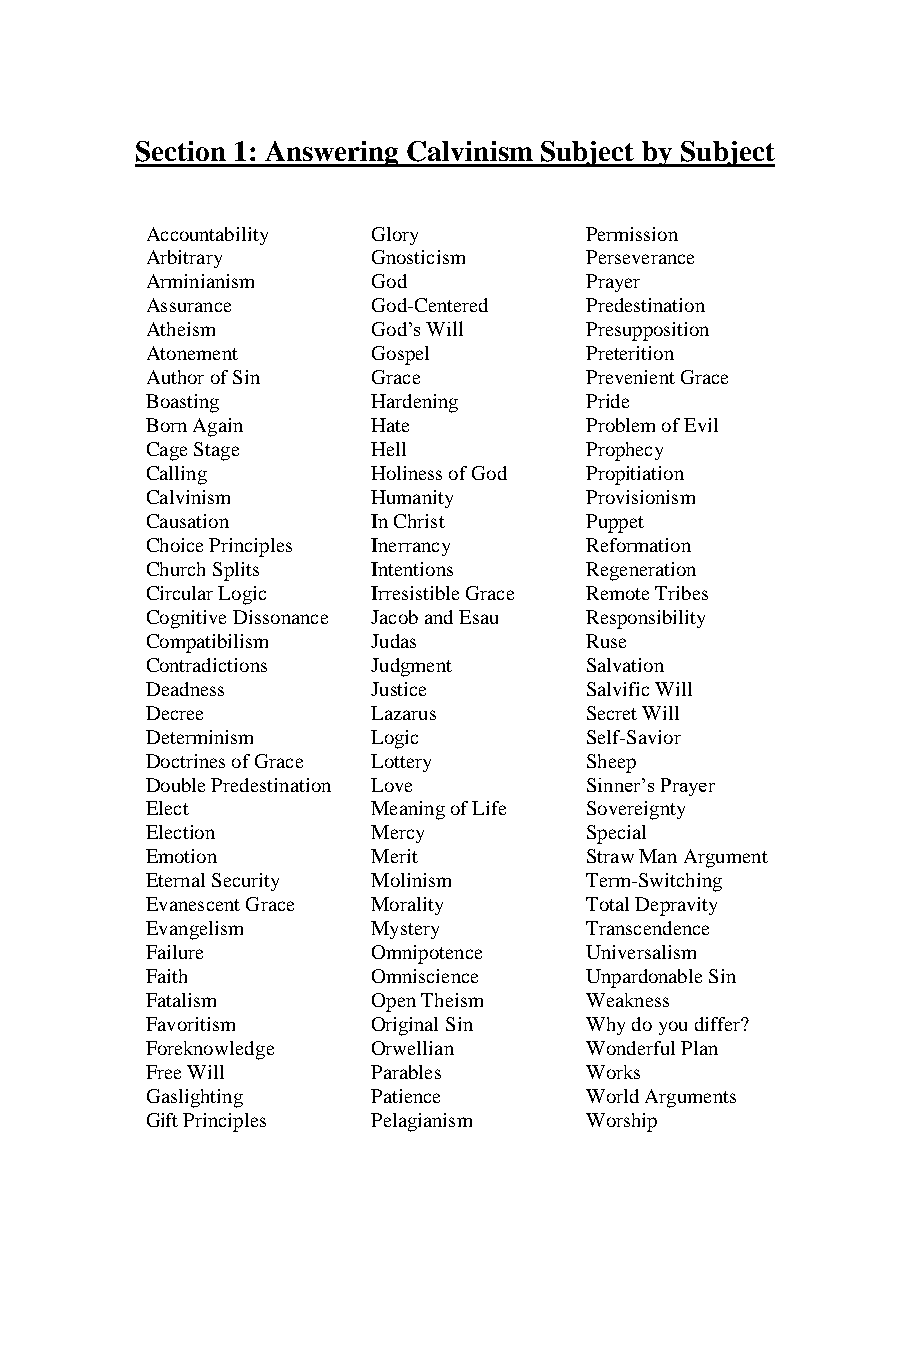
Section 1: Answering Calvinism Subject by Subject
 Accountability Glory         Permission
 Arbitrary      Gnosticism    Perseverance
 Arminianism    God           Prayer
 Assurance      God-Centered  Predestination
 Atheism        God’s Will    Presupposition
 Atonement      Gospel        Preterition
 Author of Sin  Grace         Prevenient Grace
 Boasting       Hardening     Pride
 Born Again     Hate          Problem of Evil
 Cage Stage     Hell          Prophecy
 Calling        Holiness of God Propitiation
 Calvinism      Humanity      Provisionism
 Causation      In Christ     Puppet
 Choice Principles Inerrancy  Reformation
 Church Splits  Intentions    Regeneration
 Circular Logic Irresistible Grace Remote Tribes
 Cognitive Dissonance Jacob and Esau Responsibility
 Compatibilism  Judas         Ruse
 Contradictions Judgment      Salvation
 Deadness       Justice       Salvific Will
 Decree         Lazarus       Secret Will
 Determinism    Logic         Self-Savior
 Doctrines of Grace Lottery   Sheep
 Double Predestination Love   Sinner’s Prayer
 Elect          Meaning of Life Sovereignty
 Election       Mercy         Special
 Emotion        Merit         Straw Man Argument
 Eternal Security Molinism    Term-Switching
 Evanescent Grace Morality    Total Depravity
 Evangelism     Mystery       Transcendence
 Failure        Omnipotence   Universalism
 Faith          Omniscience   Unpardonable Sin
 Fatalism       Open Theism   Weakness
 Favoritism     Original Sin  Why do you differ?
 Foreknowledge  Orwellian     Wonderful Plan
 Free Will      Parables      Works
 Gaslighting    Patience      World Arguments
 Gift Principles Pelagianism  Worship